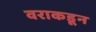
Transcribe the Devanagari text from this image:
वराकडून